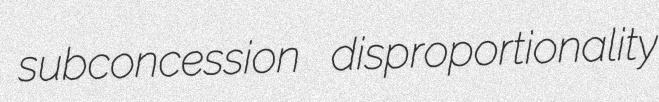
subconcession disproportionality